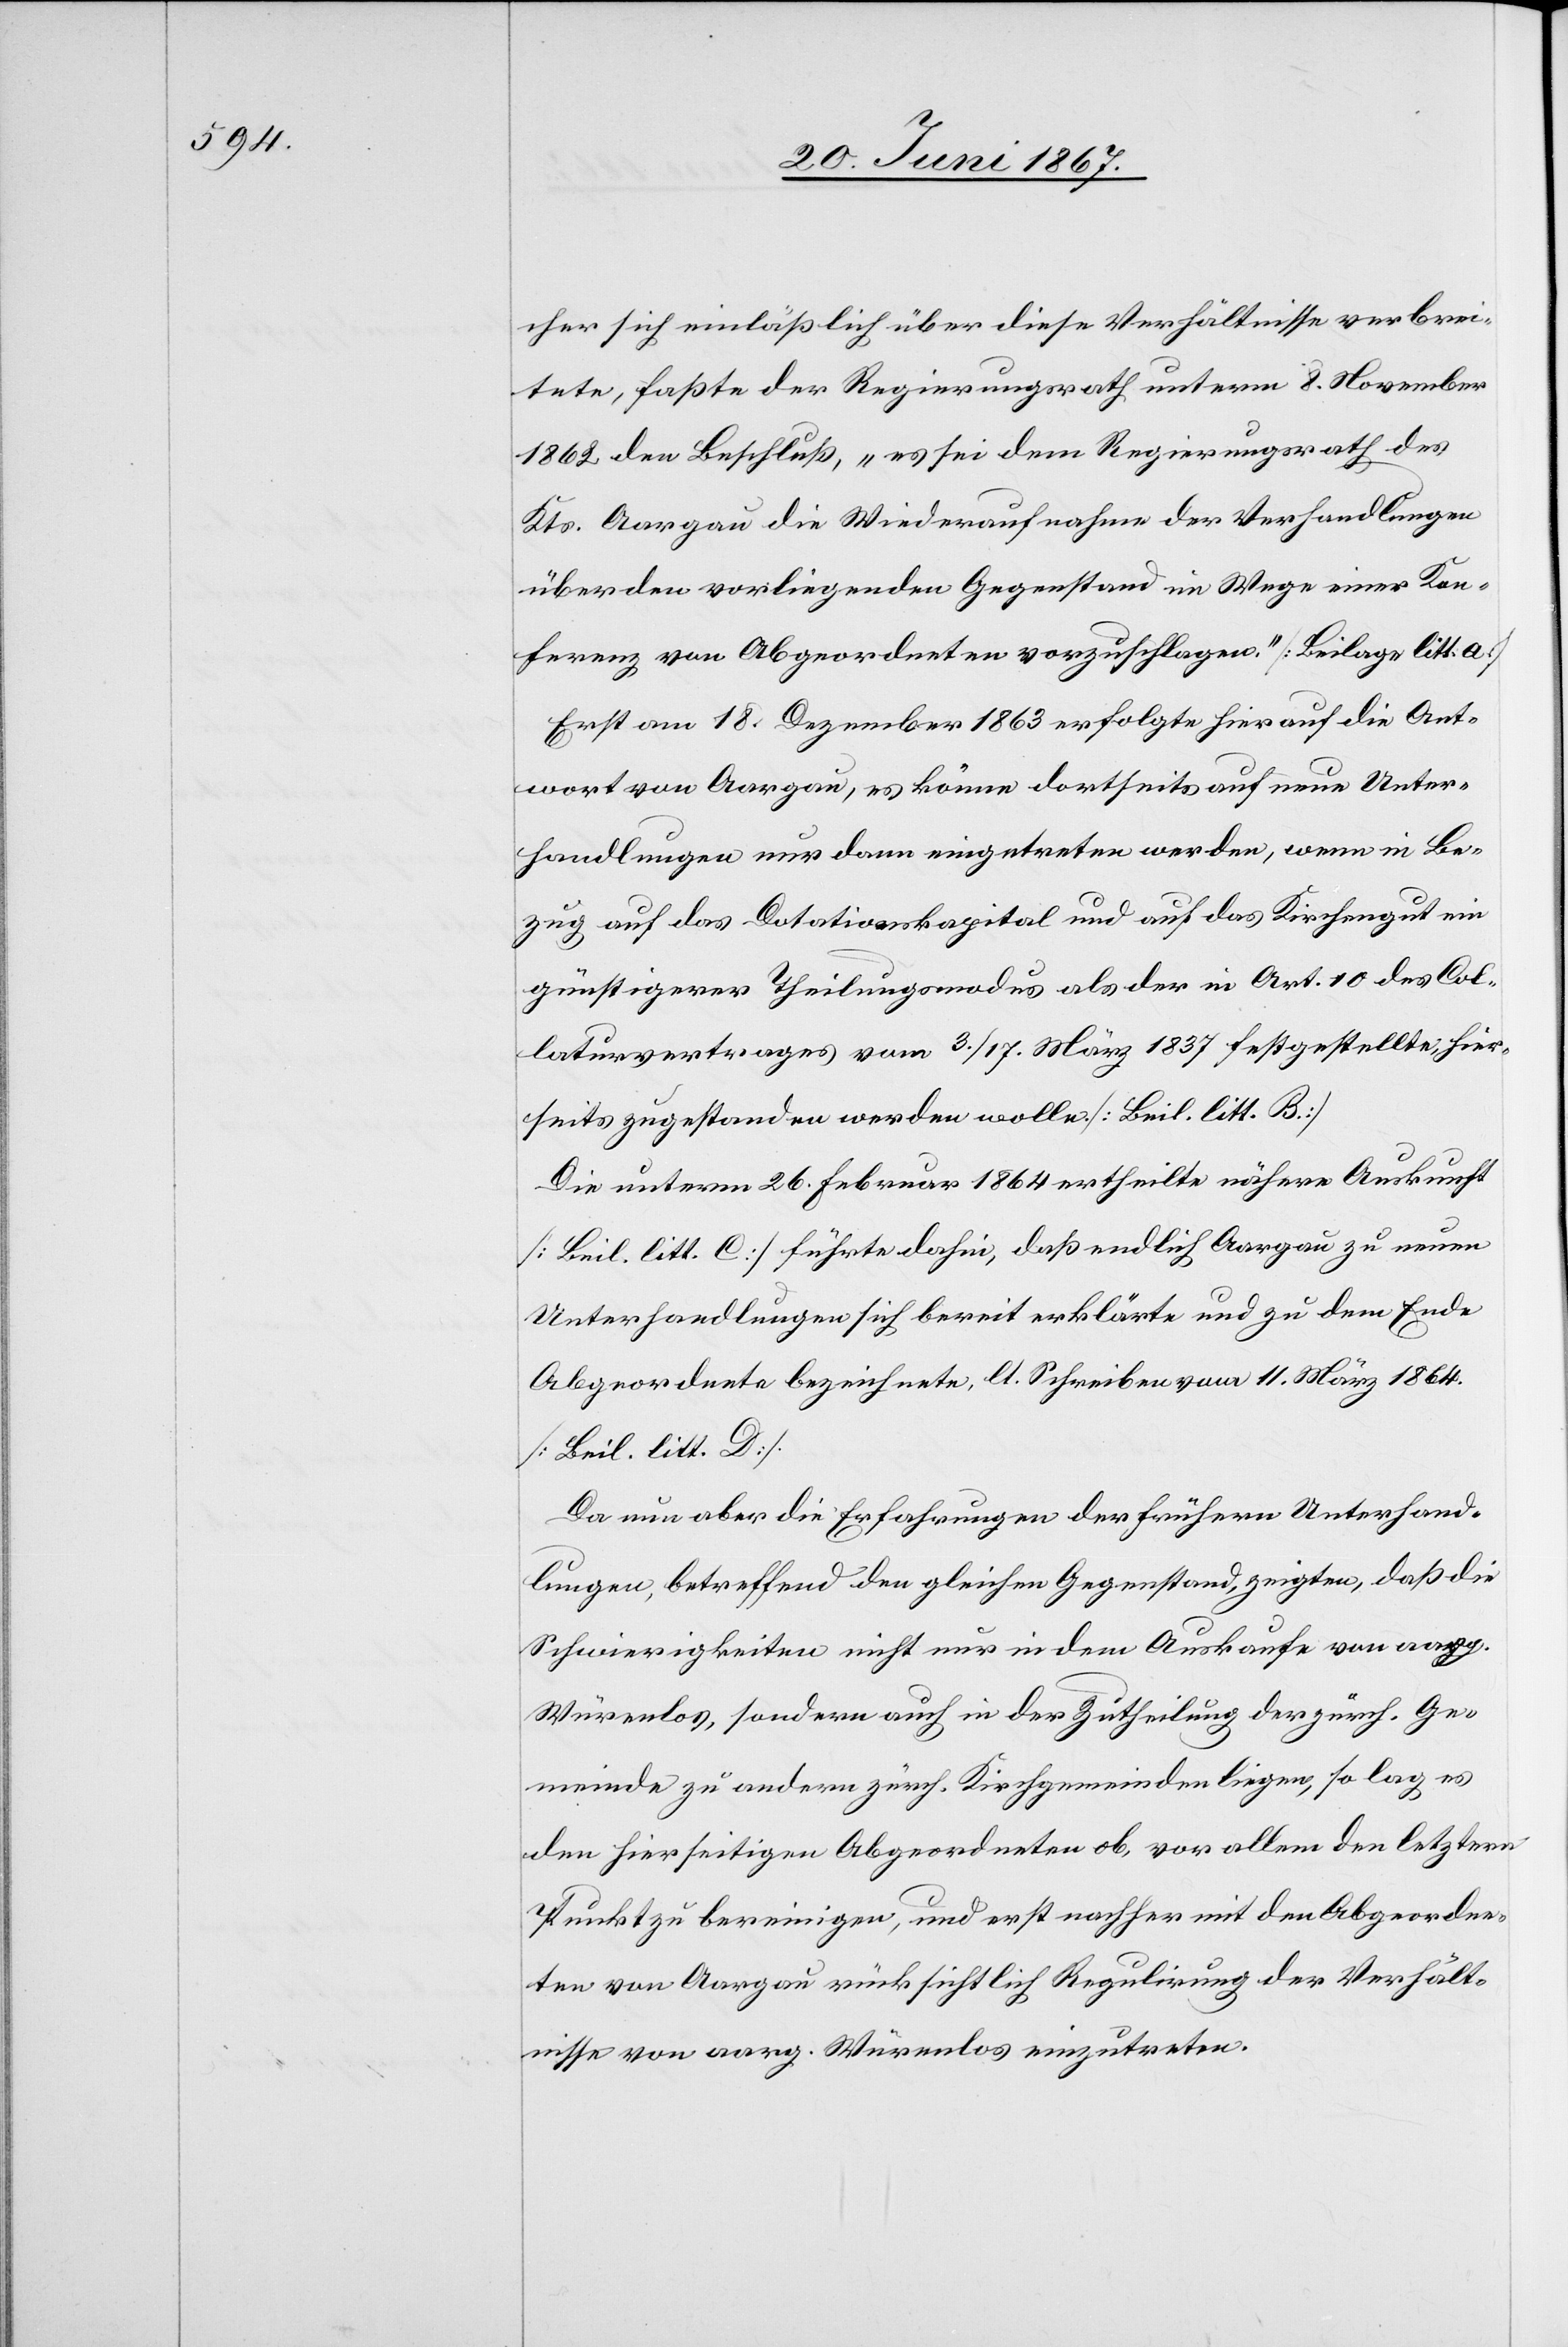
cher sich einläßlich über diese Verhältnisse verbrei¬
tete, faßte der Regierungsrath unterm 8. November
1862 den Beschluß, „es sei dem Regierungsrath des
Kts. Aargau die Wiederaufnahme der Verhandlungen
über den vorliegenden Gegenstand im Wege einer Kon¬
ferenz von Abgeordneten vorzuschlagen.“ [Beilage litt. a]
Erst am 18. Dezember 1863 erfolgte hierauf die Ant¬
wort von Aargau, es könne dertseits auf neue Unter¬
handlungen nur dann eingetreten werden, wenn in Be¬
zug auf das Dotationskapital und auf das Kirchengut ein
günstigerer Theilungsmodus als der in Art. 10 des Col¬
laturvertrages vom 3./17. März 1837 festgestellte, hier¬
seits zugestanden werden wolle. [Beil. litt. B.]
Die unterm 26. Februar 1864 ertheilte nähere Auskunft
[Beil. litt. C] führte dahin, daß endlich Aargau zu neuen
Unterhandlungen sich bereit erklärte und zu dem Ende
Abgeordnete bezeichnete, lt. Schreiben vom 11. März 1864
[Beil. litt. D]
Da nun aber die Erfahrungen der frühern Unterhand¬
lungen, betreffend den gleichen Gegenstand, zeigten, daß
Schwierigkeiten nicht nur in dem Auskaufe von aarg.
Würenlos, sondern auch in der Zutheilung der zürch. Ge¬
meinde zu andern zürch. Kirchgemeinden liegen, so lag es
den hierseitigen Abgeordneten ob, vor allem den letztern
Punkt zu bereinigen, und erst nachher mit den Abgeordne¬
ten von Aargau rücksichtlich Regulirung der Verhält¬
nisse von aarg. Würenlos einzutreten.